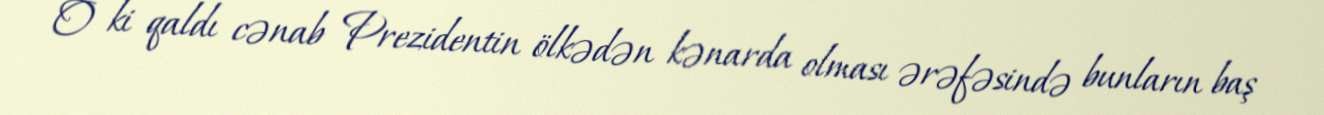
O ki qaldı cənab Prezidentin ölkədən kənarda olması ərəfəsində bunların baş